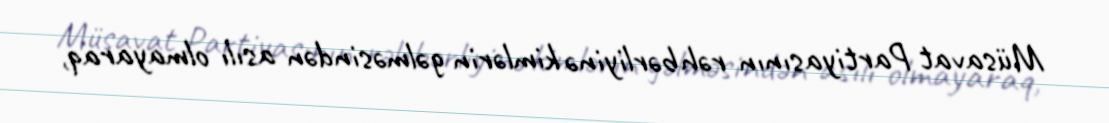
Müsavat Partiyasının rəhbərliyinə kimlərin gəlməsindən asılı olmayaraq,